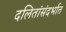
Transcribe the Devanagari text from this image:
दलितांसंदर्भात